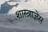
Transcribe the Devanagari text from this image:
शास्त्राज्ञेस